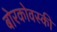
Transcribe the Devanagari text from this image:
बोरकोवस्की